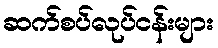
ဆက်စပ်လုပ်ငန်းများ